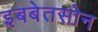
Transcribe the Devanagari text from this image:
इबबेतसोन